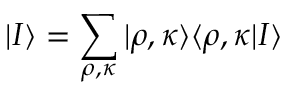
| I \rangle = \sum _ { \rho , \kappa } | \rho , \kappa \rangle \langle \rho , \kappa | I \rangle